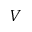
V